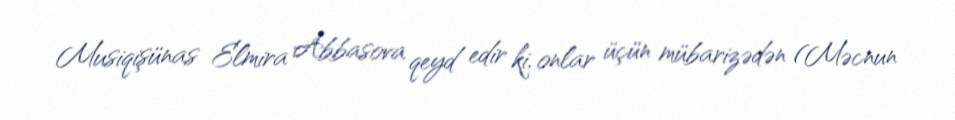
Musiqişünas Elmira Abbasova qeyd edir ki, onlar üçün mübarizədən (Məcnun